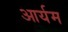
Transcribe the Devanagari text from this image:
आर्यम